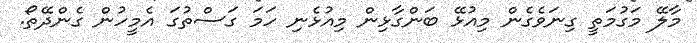
މާލޭ މަގުމަތީ ގިނަވެގެން މިއުޅޭ ބަންގާޅިން މިއުޅެނި ހަމަ ގަސްތުގަ އެމީހުން ގެންދޭތޯ.